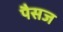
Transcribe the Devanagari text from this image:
पैसज